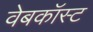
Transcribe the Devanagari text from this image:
वेबकॉस्ट